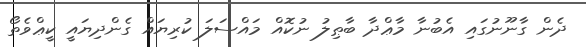
ދެން ގާނޫނުގައި އެބުނާ މާޢްދާ ބާޠިލު ނުކޮއް މައްސަލަ ކުރިޔައް ގެންދިޔައީ ކީޢްވެތޯ